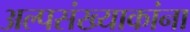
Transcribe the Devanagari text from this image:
अल्पसंख्याकांना